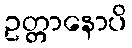
ဥတ္တာနောပိ